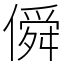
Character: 僢